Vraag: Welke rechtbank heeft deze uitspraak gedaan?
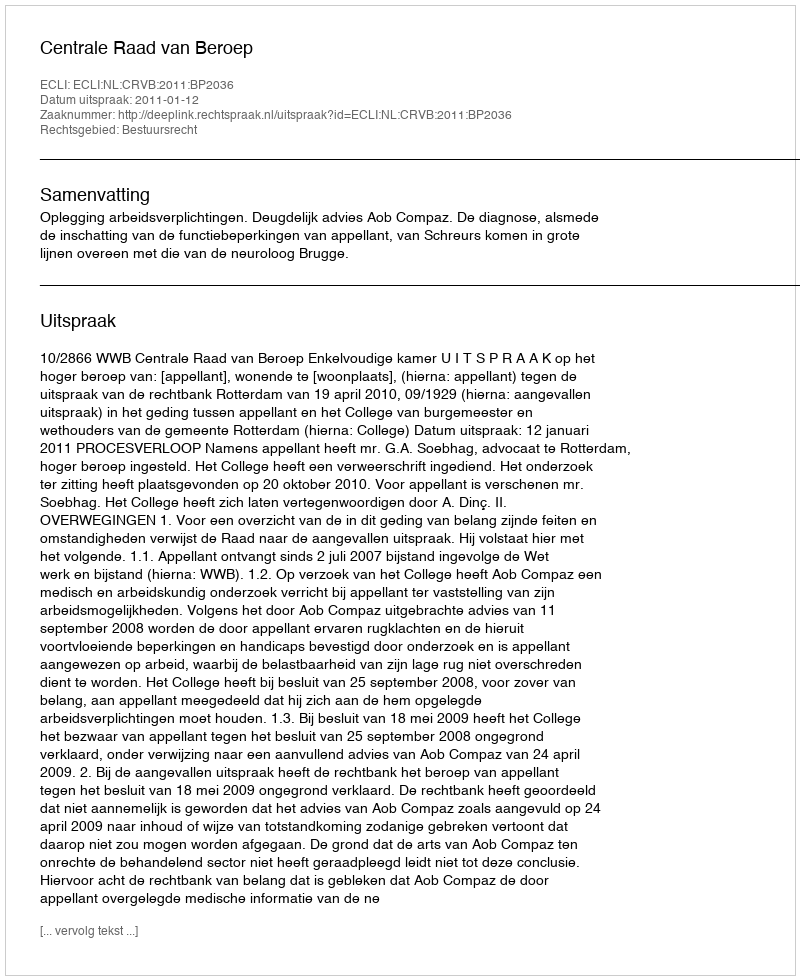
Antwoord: Centrale Raad van Beroep